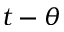
t - \theta